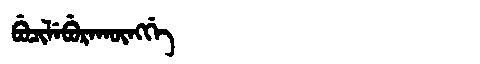
Manchu: ᠪᡠᠴᡳᠯᡝᠪᡠᡵᠠᡴᡡᠩᡤᡝ
Romanization: BUCILEBURAKŪNGGE